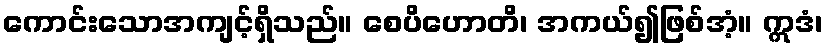
ကောင်းသောအကျင့်ရှိသည်။ စေပိဟောတိ၊ အကယ်၍ဖြစ်အံ့။ ဣဒံ၊